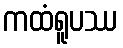
ကထံရူပဿ